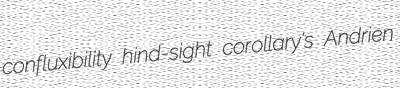
confluxibility hind-sight corollary's Andrien